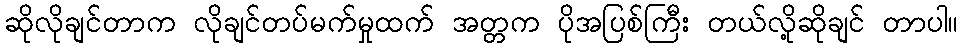
ဆိုလိုချင်တာက လိုချင်တပ်မက်မှုထက် အတ္တက ပိုအပြစ်ကြီး တယ်လို့ဆိုချင် တာပါ။